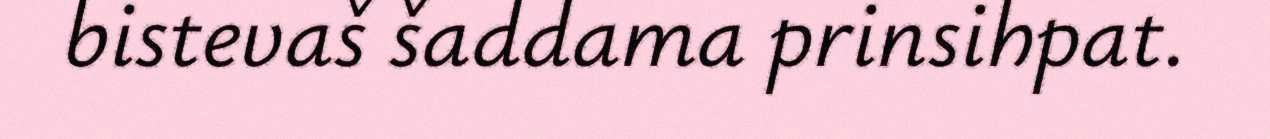
bistevaš šaddama prinsihpat.